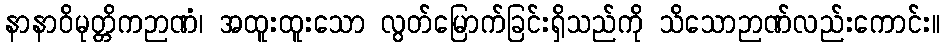
နာနာဝိမုတ္တိကဉာဏံ၊ အထူးထူးသော လွတ်မြောက်ခြင်းရှိသည်ကို သိသောဉာဏ်လည်းကောင်း။